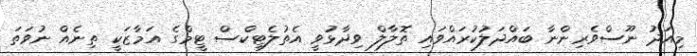
މިއަދު ނޫސްވެރިންނާ ބައްދަލުކުރައްވައި ތޮލާލް ވިދާޅުވީ އެތުލެޓިކްސް ޓީމްގެ އަމާޒަކީ ތިނެއް ނުވަތަ